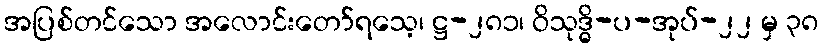
အပြစ်တင်သော အလောင်းတော်ရသေ့၊ ဋ္ဌ-၂၈၁၊ ဝိသုဒ္ဓိ-ပ-အုပ်-၂၂ မှ ၃၈